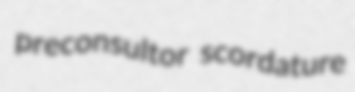
preconsultor scordature